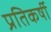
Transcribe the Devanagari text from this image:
प्रतिकर्षी